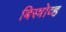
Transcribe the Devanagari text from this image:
बिस्त्रोव्ह